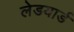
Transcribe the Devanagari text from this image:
लेडयार्ड